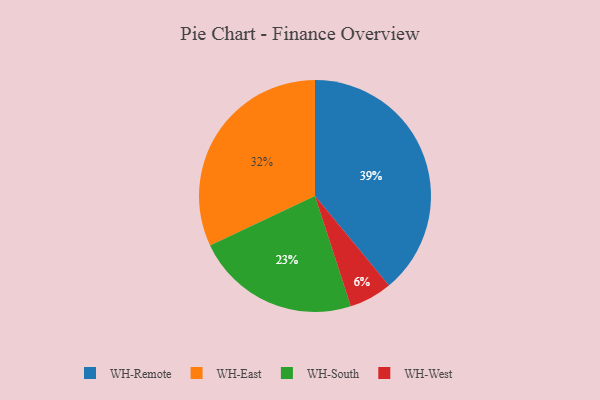
{"axis": {"x": "Category", "y": "Percentage"}, "legend": ["WH-East", "WH-Remote", "WH-South", "WH-West"], "data": [{"x": "WH-West", "y": 6, "type": "WH-West"}, {"x": "WH-Remote", "y": 39, "type": "WH-Remote"}, {"x": "WH-South", "y": 23, "type": "WH-South"}, {"x": "WH-East", "y": 32, "type": "WH-East"}]}